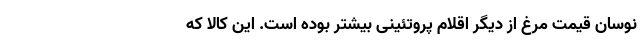
نوسان قیمت مرغ از دیگر اقلام پروتئینی بیشتر بوده است. این کالا که